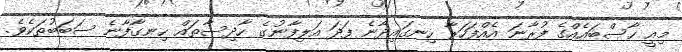
މިއީ ހާސްބައެއްގެ ފުރާނަ އެއްފަހަރާ ހިނގައިދާނެ ފަދަ އަލިފާނުގެ ހާދިސާތައް ހިނގާފާނެ ސަބަބުތަކެވެ.